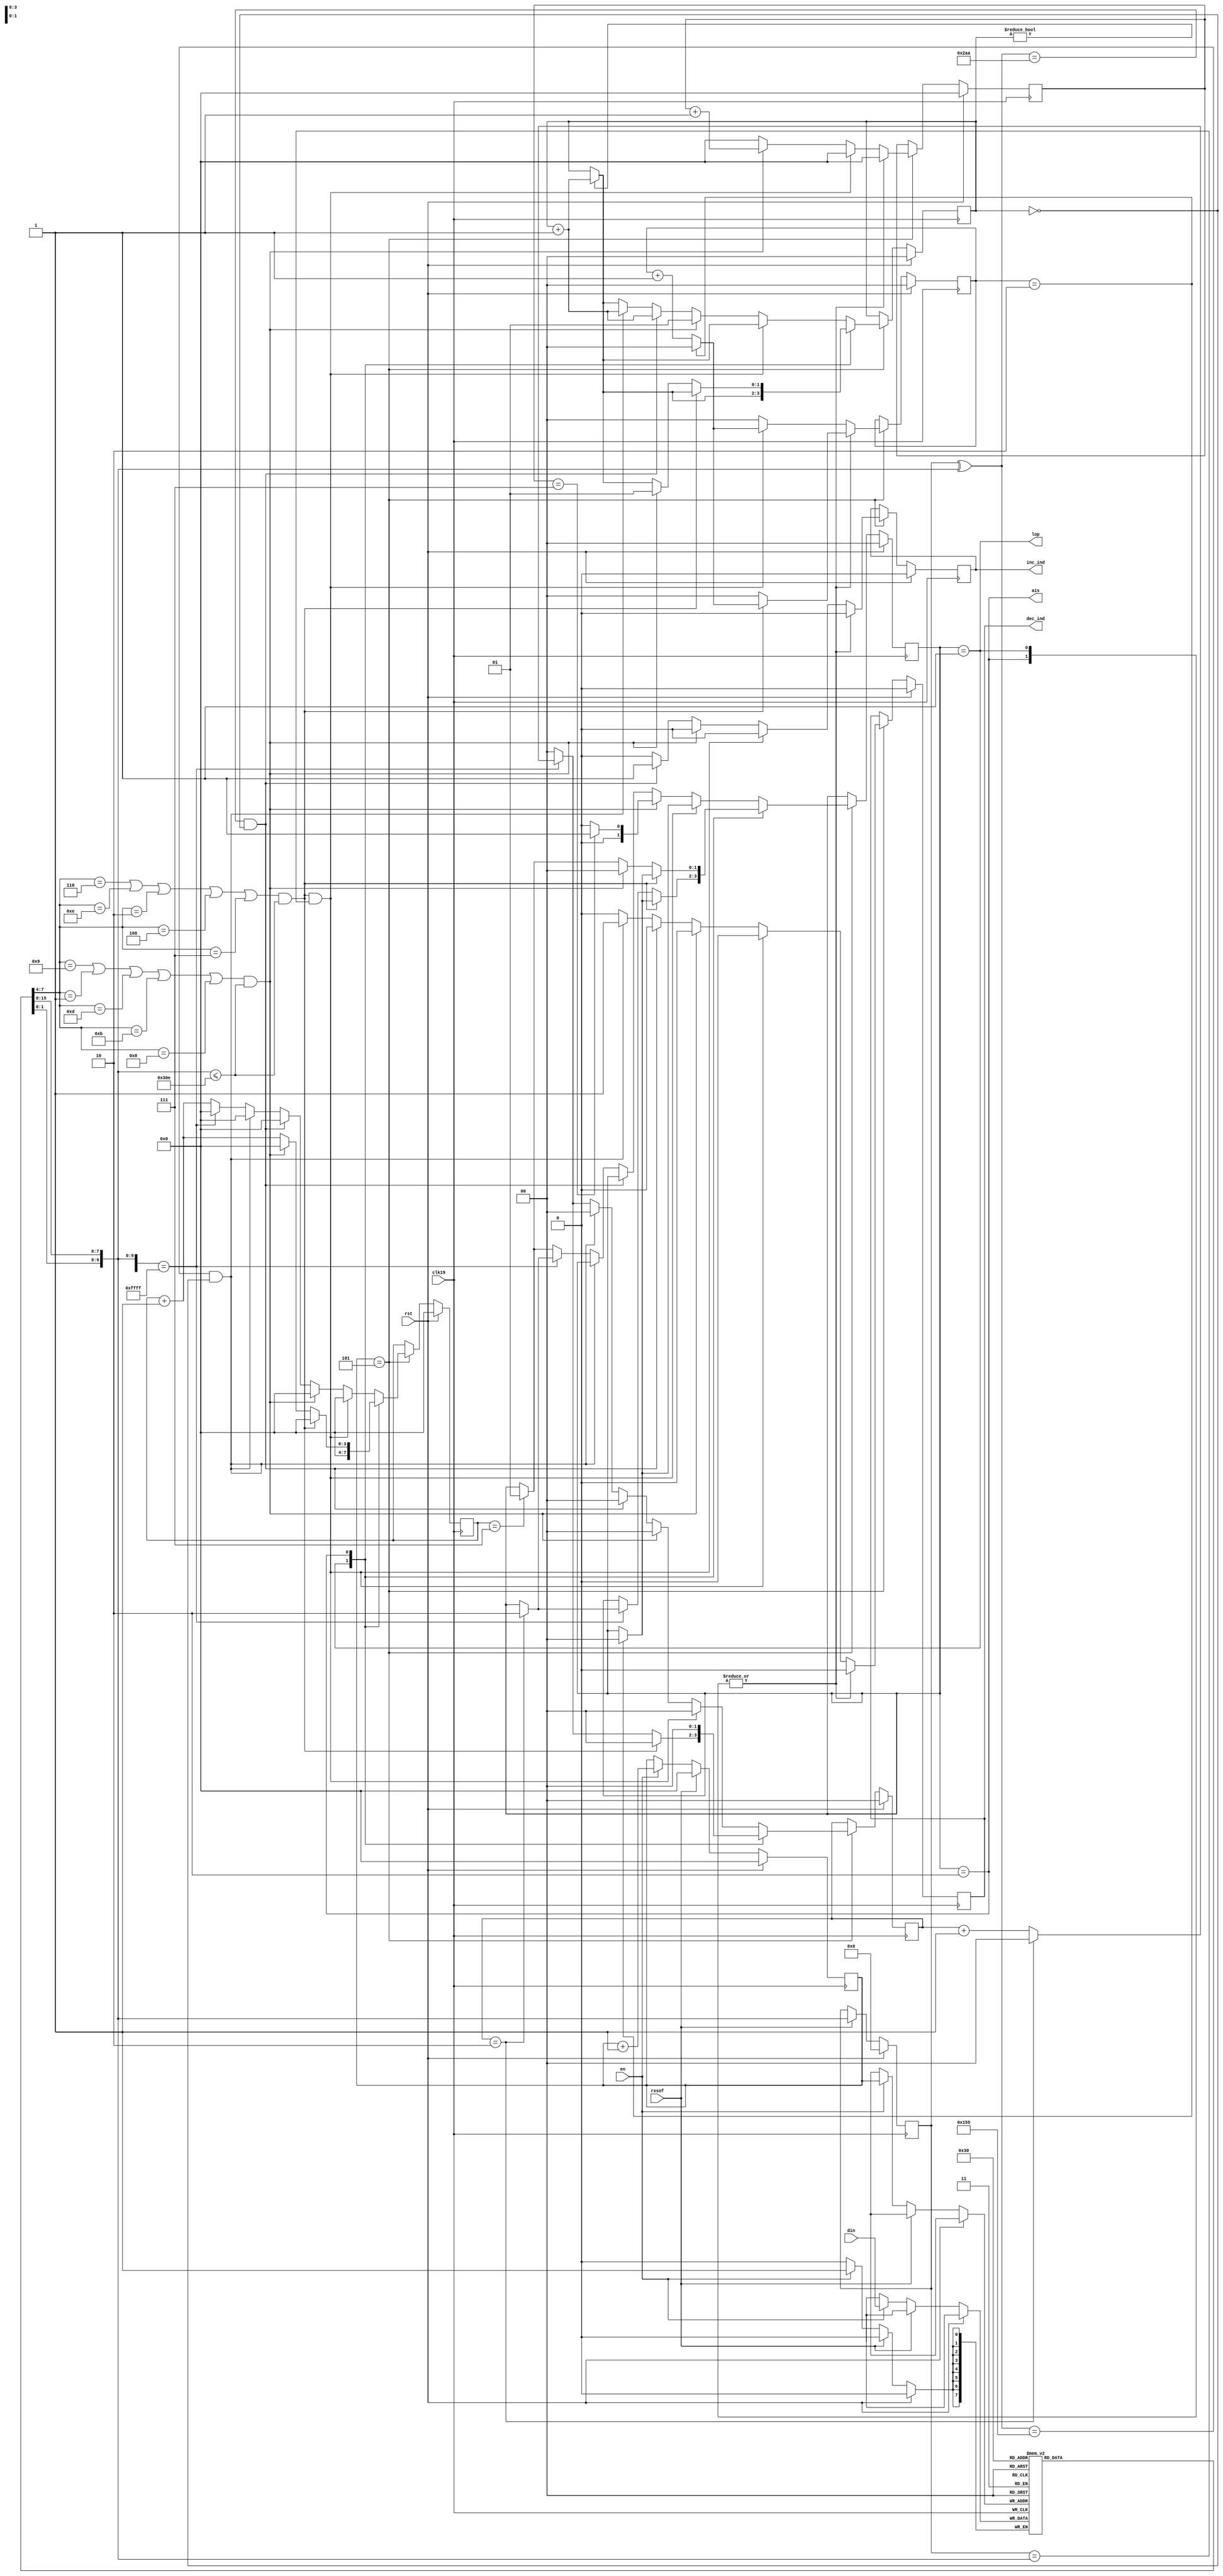
// Description  : STM-1 Pointer interpretation
////////////////////////////////////////////////////////////////////////////////

module ptrint
    (
     clk19,
     rst,

     din,
     en,
     rxsof,
     inc_ind,
     dec_ind,
     lop,
     ais
     );

////////////////////////////////////////////////////////////////////////////////
// Port declarations

input clk19;
input rst;
input [7:0] din;
input       en;
input       rxsof;
output      inc_ind;
output      dec_ind;
output      lop;
output      ais;

////////////////////////////////////////////////////////////////////////////////
// Output declarations

reg         inc_ind;
reg         dec_ind;

////////////////////////////////////////////////////////////////////////////////
// Parameter declarations

parameter   NORM = 2'b00,
            LOP = 2'b01,
            AIS = 2'b10;
parameter   MAXOFFSET = 10'd782;
parameter   INIT = 0;


////////////////////////////////////////////////////////////////////////////////
// Local logic and instantiation

reg [7:0] au4mem [0:8];
reg [3:0] cnt; 

wire [9:0] offset;
assign     offset = {au4mem[0][1:0], au4mem[3]};
reg [9:0]  poffset; // previrous offset

wire       equal;
assign     equal = (poffset == offset);

// read frame's pointer
always @(posedge clk19)
    begin
    if (rst)
        begin
        cnt     <= INIT;
        poffset <= INIT;
        end
    else if (rxsof)
        begin
        cnt     <= INIT;
        poffset <= offset;
        end
    else if (en)
        begin
        au4mem[cnt] <= din;
        cnt <= cnt + 4'b0001;
        end
    end

// pointer interpretation
reg [1:0] state;
reg [3:0] cntndf; // count n consecutive NDF_enable
reg [1:0] cntnor; // count 3 consecutive norm_point
reg [3:0] cntinv; // count N consecutive inv_point
reg [1:0] cntais; // count 3 consecutive AIS_ind
reg [1:0] cnt3; // count 3 frames 


wire [3:0] ndf; // new data flag
assign     ndf = au4mem[0][7:4];
wire       norm_ndf;
assign norm_ndf = ((ndf == 4'b0110) ||
                   (ndf == 4'b1110) ||
                   (ndf == 4'b0010) ||
                   (ndf == 4'b0100) ||
                   (ndf == 4'b0111));

wire   en_ndf;
assign en_ndf = ((ndf == 4'b1001) ||
                 (ndf == 4'b0001) ||
                 (ndf == 4'b1101) ||
                 (ndf == 4'b1011) ||
                 (ndf == 4'b1000));

wire   iinv; // I bits inverted
assign iinv = ((poffset ^ offset) == 10'b1010_1010_10);

wire   dinv; // D bits inverted
assign dinv = ((poffset ^ offset) == 10'b0101_0101_01);

always @(posedge clk19)
    begin
    if (rst)
        begin
        inc_ind <= INIT;
        dec_ind <= INIT;
        state   <= INIT;
        cntndf  <= INIT;
        cntinv  <= INIT;
        cntnor  <= INIT;
        cntais  <= INIT;
        cnt3    <= INIT;
        end
    else if (cnt == 4'd5)
        begin
        cntndf  <= INIT;
        cntinv  <= INIT;
        cntnor  <= INIT;
        cntais  <= INIT;  
        inc_ind <= INIT;
        dec_ind <= INIT;
        if (cnt3 != 2'b00) cnt3 <= cnt3 + 2'b01;
        case(state)
            LOP:
                begin
                // norm point
                if (norm_ndf && (offset <= MAXOFFSET))
                    begin
                    if (cntnor == 3'b10)
                        state   <= NORM;
                    else
                        cntnor  <= cntnor + 2'b01;
                    end             
                // AIS_ind
                else if ({au4mem[0], au4mem[3]} == 16'hffff)
                    begin
                    if (cntais == 2'b10)
                        state   <= AIS;
                    else
                        cntais  <= cntais + 2'b01;
                    end
                end
            AIS:
                begin
                // norm point
                if (norm_ndf && (offset <= MAXOFFSET))
                    begin
                    if (cntnor == 3'b10)
                        state   <= NORM;
                    else
                        cntnor  <= cntnor + 2'b01;
                    end     
                // NDF enable
                else if (en_ndf && (offset <= MAXOFFSET))
                    begin                       
                    state   <= NORM;    
                    cnt3    <= 2'b01; // reset and + 1
                    end     
                // inv_point
                else
                    begin
                    cntinv  <= cntinv + 4'b0001;
                    if (cntinv == 4'd7)
                        state   <= LOP;
                    end
                end
            default: // NORM state
                begin
                // norm_point
                if (norm_ndf && (offset <= MAXOFFSET) && equal)
                    begin
                    if (cntnor == 3'b10)
                        state   <= NORM;
                    else
                        cntnor  <= cntnor + 2'b01;
                    end
                // NDF enable
                else if (en_ndf && (offset <= MAXOFFSET))
                    begin                       
                    state   <= NORM;    
                    cntndf  <= cntndf + 4'b0001;
                    cnt3    <= 2'b01; // reset and + 1
                    if (cntndf == 4'd7)
                        state   <= LOP;
                    end
                // inc_ind
                else if (iinv && (cnt3 == 2'b00))
                    begin
                    cnt3    <= cnt3 + 2'b01;
                    inc_ind <= 1'b1;
                    end
                // dec_ind
                else if (dinv && (cnt3 == 2'b00))
                    begin
                    cnt3    <= cnt3 + 2'b01;
                    dec_ind <= 1'b1;
                    end
                //AIS_ind
                else if ({au4mem[0], au4mem[3]} == 16'hffff)
                    begin
                    if (cntais == 2'b10)
                        state   <= AIS;
                    else
                        cntais  <= cntais + 2'b01;
                    end
                // inv_point
                else
                    begin
                    cntinv  <= cntinv + 4'b0001;
                    if (cntinv == 4'd7)
                        state   <= LOP;
                    end
                end
        endcase
        end
    end

assign lop = (state == LOP);
assign ais = (state == AIS);

endmodule